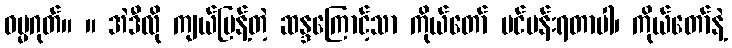
ဓမ္မဂုတ်။ ။ အဲဒီလို ကျယ်ပြန့်တဲ့ ဆန္ဒကြောင့်သာ ကိုယ်တော် ပင်ပန်းရတာပါ၊ ကိုယ်တော်နဲ့